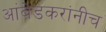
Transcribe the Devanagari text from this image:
आंबेडकरांनीच